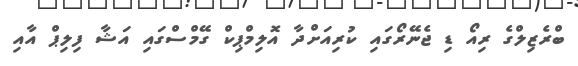
ބްރެޒިލްގެ ރިއޯ ޑި ޖެނޭރޯގައި ކުރިއަށްދާ އޮލިމްޕިކް ގޭމްސްގައި އަޝާ ފިލިޕް އާއި